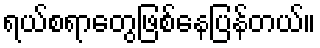
ရယ်စရာတွေဖြစ်နေပြန်တယ်။